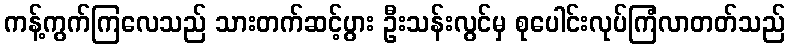
ကန့်ကွက်ကြလေသည် သားတက်ဆင့်ပွား ဦးသန်းလွင်မှ စုပေါင်းလုပ်ကြံလာတတ်သည်